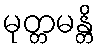
မုတ္တမန္တိ